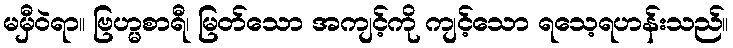
မမှီဝဲရာ။ ဗြဟ္မစာရီ၊ မြတ်သော အကျင့်ကို ကျင့်သော ရသေ့ရဟန်းသည်။